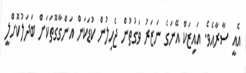
އެއީ ސާރާއެވެ. އައިޒަކް އޭނަގެ ނަޒަރު ވަގުތުން ޖެހިލުން ކުޑަކަން އަންގާގޮތަކަށް ބަދަލުކޮށްލީ